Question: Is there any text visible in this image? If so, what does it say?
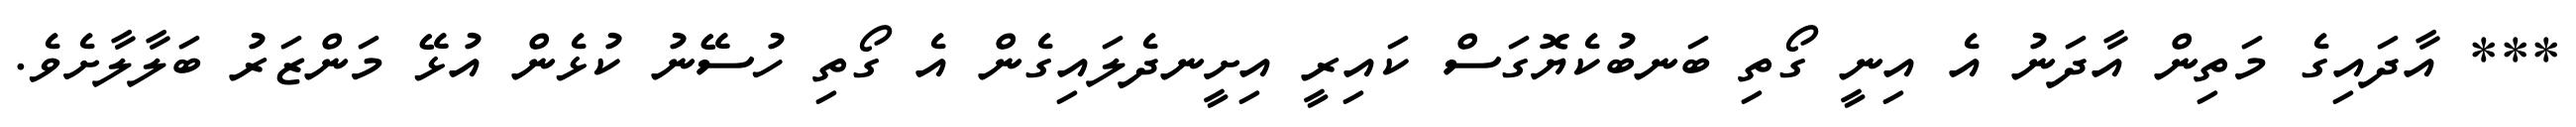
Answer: *** އާދައިގެ މަތިން އާދަނު އެ އިނީ ގޯތި ބަނބުކެޔޮގަސް ކައިރީ އިށީނދެލައިގެން އެ ގޯތި ހުސޭނު ކުޅެން އުޅޭ މަންޒަރު ބަލާލާށެވެ.